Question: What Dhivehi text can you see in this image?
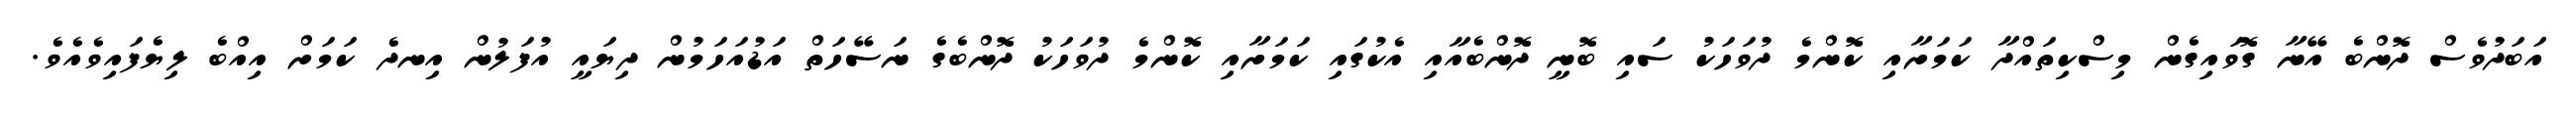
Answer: އަބަދުވެސް ދޮންބެ އޭނާ ގޮވައިގެން މިސްކިތައްދާ ކަމަށާއި ކޮންމެ ދުވަހަކު ސައި ބޮނީ ދޮންބެއާއި އެކުގައި ކަމަށާއި ކޮންމެ ދުވަހަކު ދޮންބެގެ ނަސޭހަތް އަޑުއަހަމުން ދިޔައީ އުފަލުން އިނދެ ކަމަށް އިއްބެ ލިޔެފައިވެއެވެ.